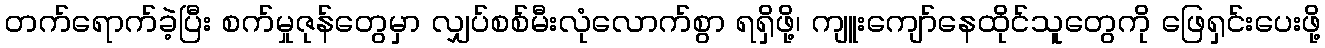
တက်ရောက်ခဲ့ပြီး စက်မှုဇုန်တွေမှာ လျှပ်စစ်မီးလုံလောက်စွာ ရရှိဖို့၊ ကျူးကျော်နေထိုင်သူတွေကို ဖြေရှင်းပေးဖို့